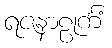
ရဇနာဠုင်္ကံ